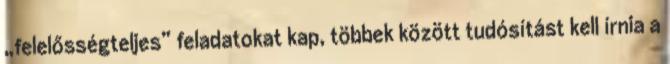
„felelősségteljes” feladatokat kap, többek között tudósítást kell írnia a